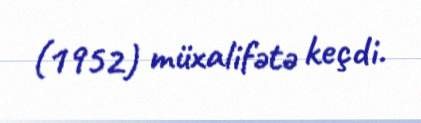
(1952) müxalifətə keçdi.